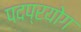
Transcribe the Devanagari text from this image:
पदप्रयोग